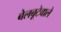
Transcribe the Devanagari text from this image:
बेलबूटेवाले